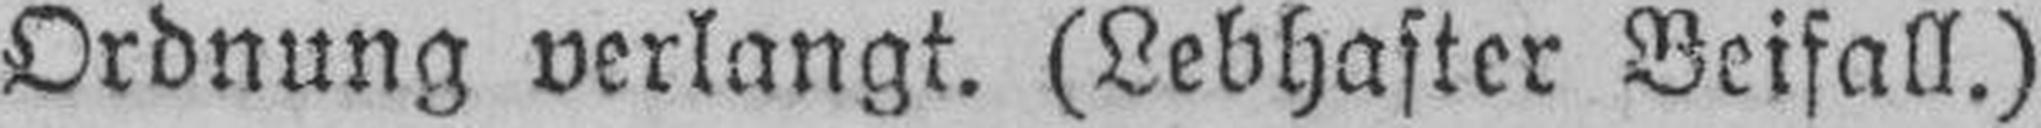
Ordnung verlangt. (Lebhaster Beifall.)